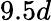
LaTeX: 9.5d